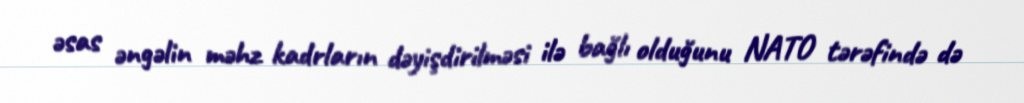
əsas əngəlin məhz kadrların dəyişdirilməsi ilə bağlı olduğunu NATO tərəfində də